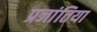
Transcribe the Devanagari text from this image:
प्रजांतिया